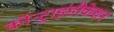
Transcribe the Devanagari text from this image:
कॉन्ट्राइंडीकेशन